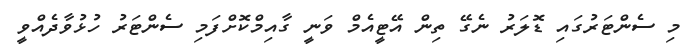
މި ސެންޓަރުގައި ޑޮލަރު ނެގޭ ތިން އޭޓީއެމް ވަނީ ގާއިމްކޮށްފަމި ސެންޓަރު ހުޅުވާދެއްވީ